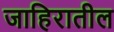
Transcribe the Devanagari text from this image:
जाहिरातील